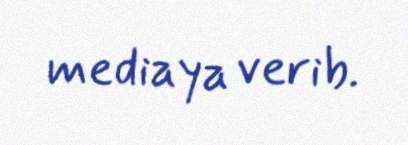
mediaya verib.